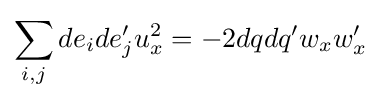
\sum _{i,j}de_{i}de_{j}'u_{x}^{2}=-2dqdq'w_{x}w'_{x}